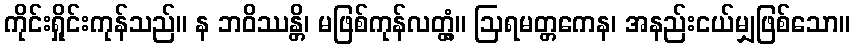
ကိုင်းရှိုင်းကုန်သည်။ န ဘဝိဿန္တိ၊ မဖြစ်ကုန်လတ္တံ့။ ဩရမတ္တကေန၊ အနည်းငယ်မျှဖြစ်သော။